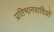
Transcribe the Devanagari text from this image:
प्रतिभानवादियों